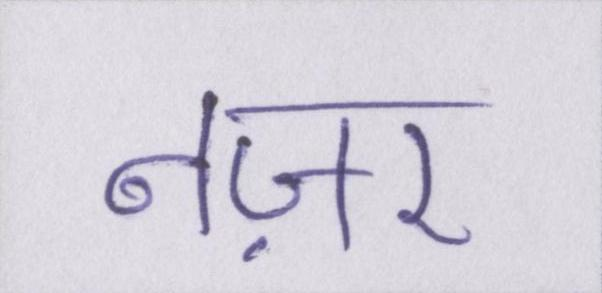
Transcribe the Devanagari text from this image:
नज़र